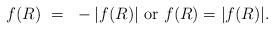
LaTeX: \begin{align*}f(R)~=~-|f(R)|~\mbox{or}~f(R)=|f(R)|.\end{align*}